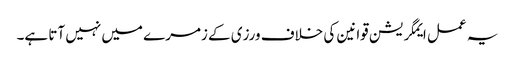
یہ عمل ایمگریشن قوانین کی خلاف ورزی کے زمرے میں نہیں آتا ہے۔